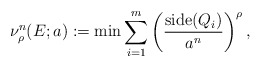
\begin{align*}\nu^n_\rho(E;a) := \min \sum_{i=1}^m\left(\frac{{\rm side}(Q_i)}{a^n}\right)^\rho,\end{align*}